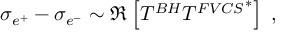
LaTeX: \sigma _ { e ^ { + } } - \sigma _ { e ^ { - } } \sim \Re \left[ T ^ { B H } { T ^ { F V C S } } ^ { * } \right] \; ,